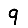
Digit: 9